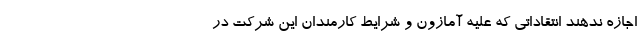
اجازه ندهند انتقاداتی که علیه آمازون و شرایط کارمندان این شرکت در